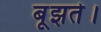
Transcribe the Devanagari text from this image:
बूझते।